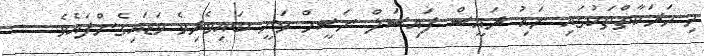
މި ހަރަކާތްތަކުގައި ނައިު ރައީސް ފައިސަލް ނަސީމް ވަނީ ބައިވެރިވެ ވަޑައިގެެންފައެވެ. --